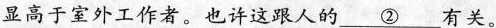
显高于室外工作者。也许这跟人的 \underline{②} 有关。